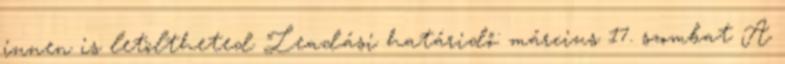
innen is letöltheted Leadási határidő: március 17. szombat A